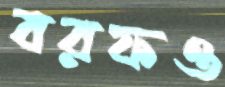
বরফও